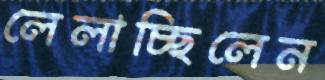
লেলাচ্ছিলেন